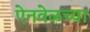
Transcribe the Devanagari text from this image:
ऐनवेळच्या